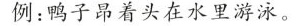
例：鸭子昂着头在水里游泳。